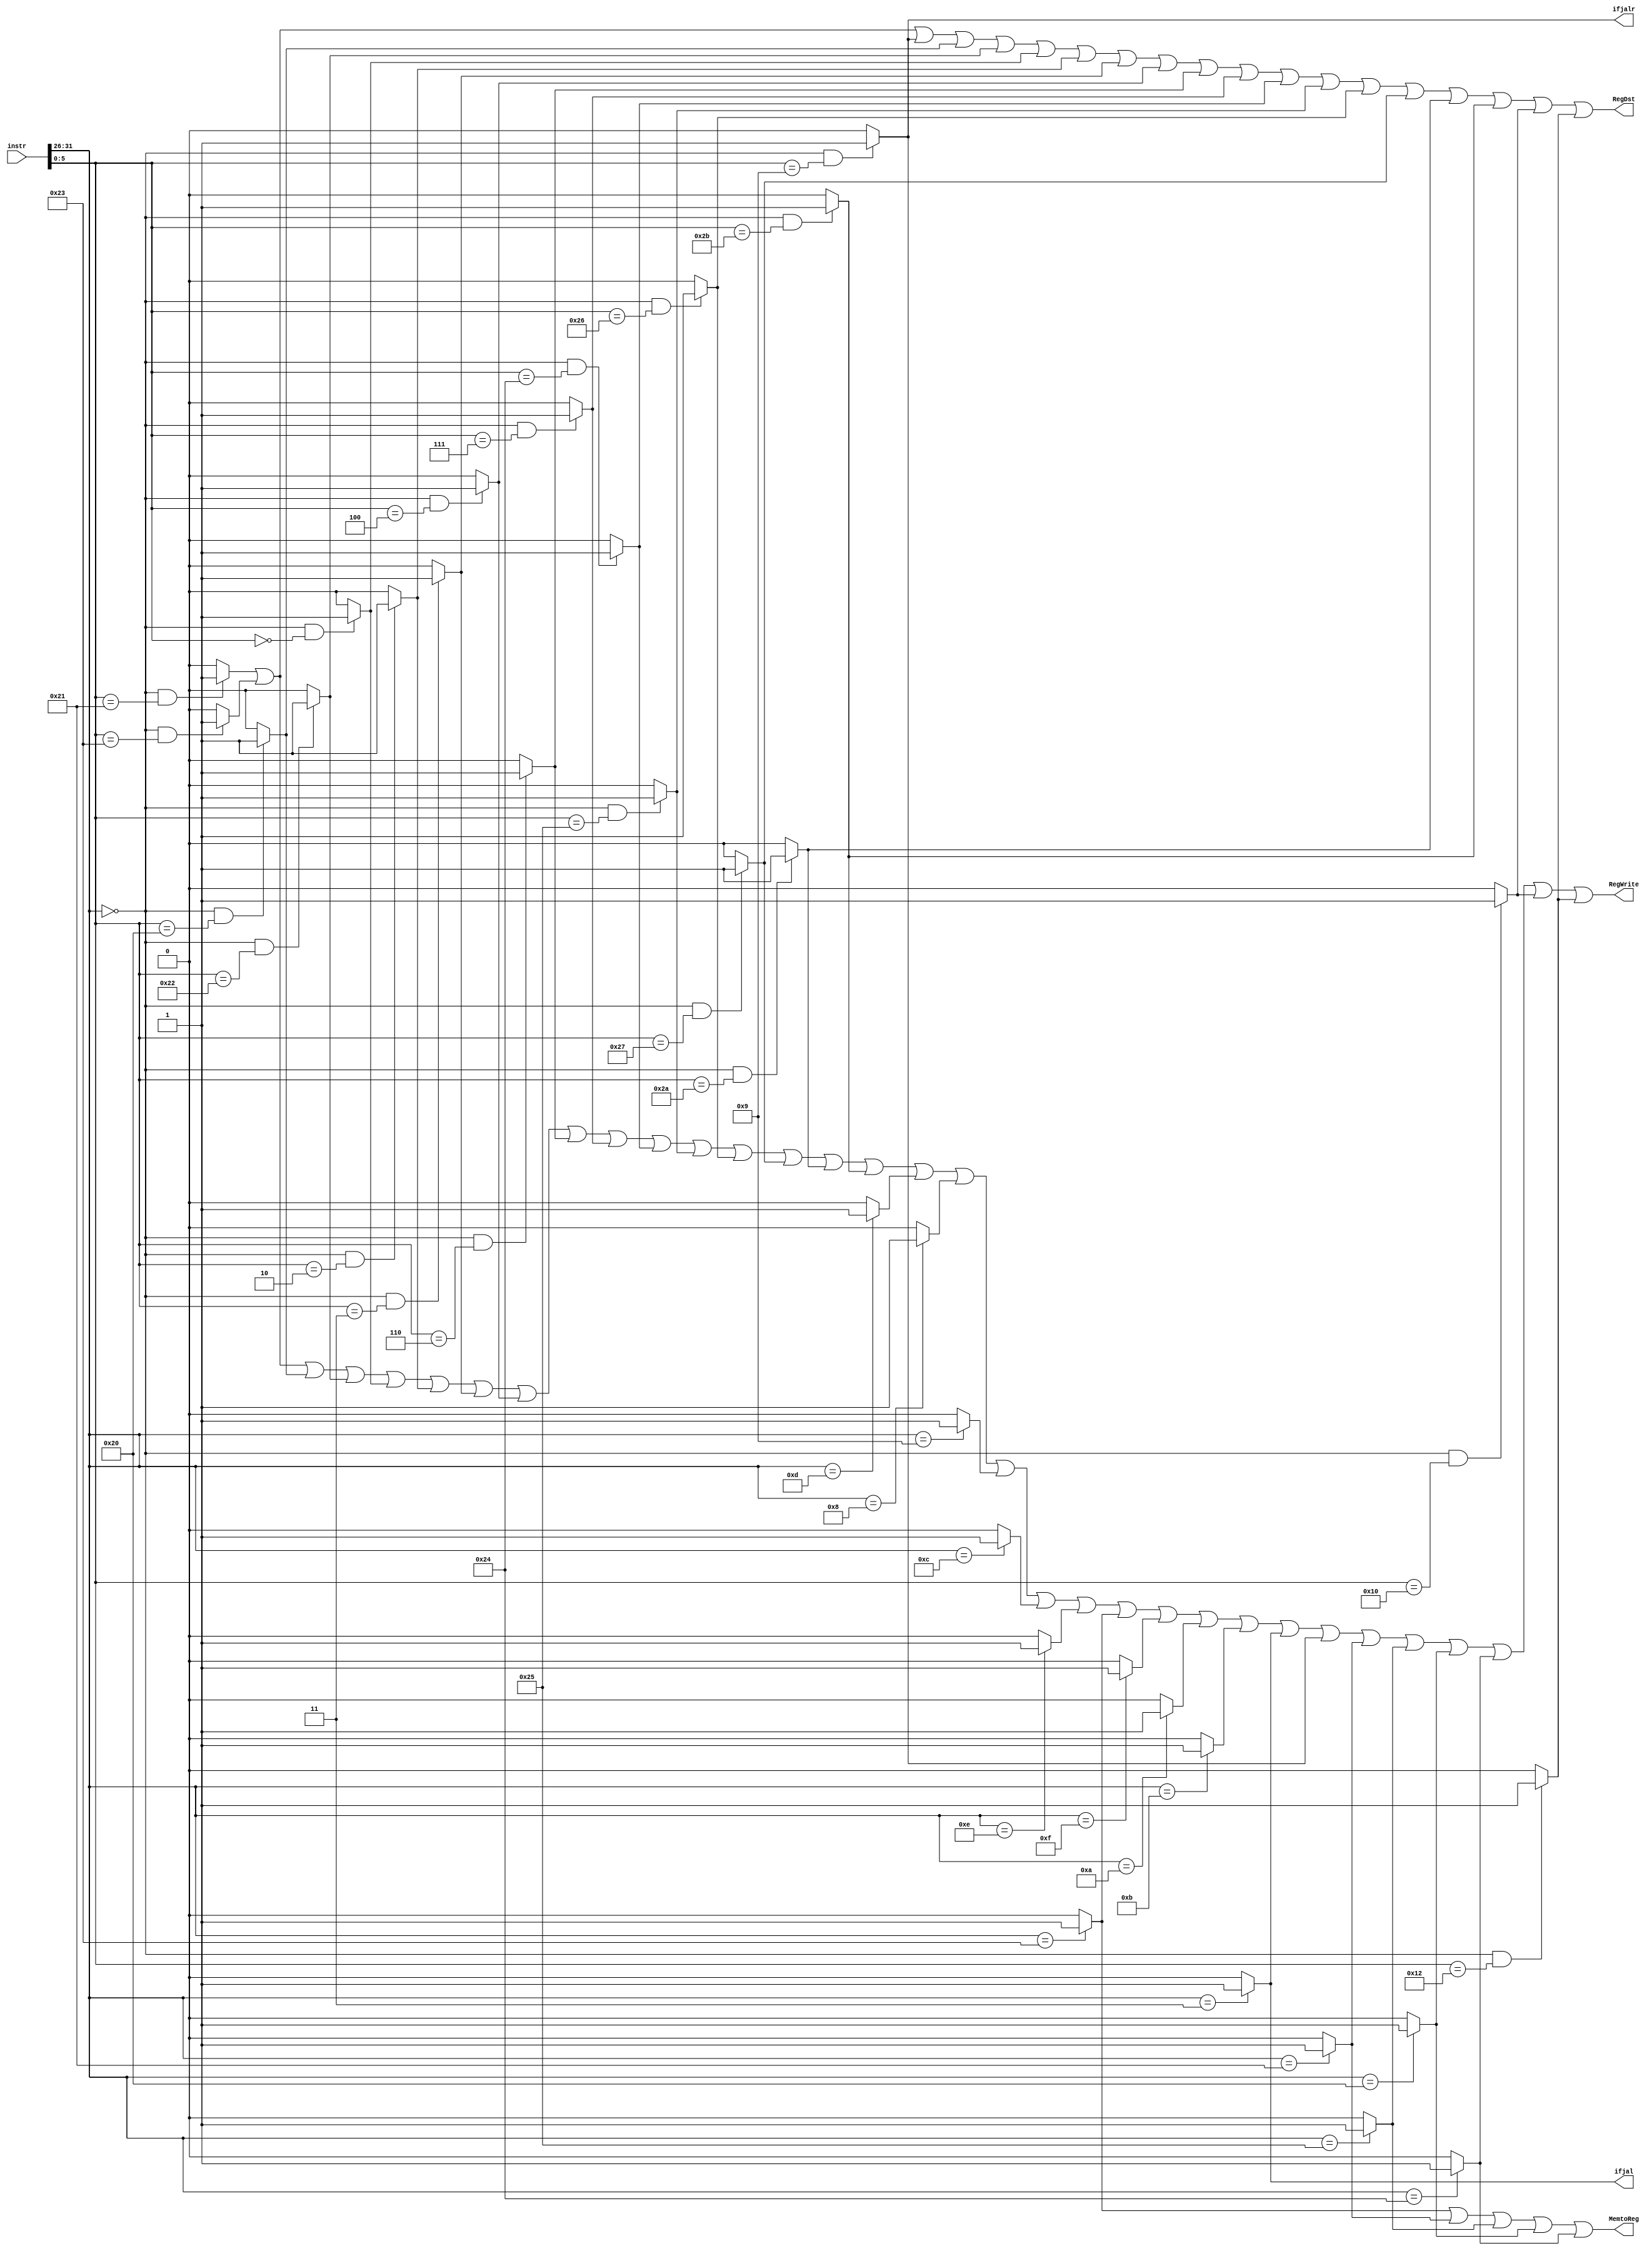
`timescale 1ns / 1ps
//////////////////////////////////////////////////////////////////////////////////
// Company: 
// Engineer: 
// 
// Design Name: 
// Module Name:    Con_W 
// Project Name: 
// Target Devices: 
// Tool versions: 
// Description: 
//
// Dependencies: 
//
// Revision: 
// Revision 0.01 - File Created
// Additional Comments: 
//
//////////////////////////////////////////////////////////////////////////////////
`define op 31:26
`define func 5:0
module Con_W(
	 input [31:0] instr,
	 output RegDst,
	 output ifjal,
	 output ifjalr,
	 output MemtoReg,
	 output RegWrite
    );
	 

	 wire addu,subu,ori,lw,sw,beq,lui,j,jal,jr,jalr,sh,sb,lh,lhu,lb,lbu;
	 wire add,sub,sll,srl,sra,sllv,srlv,srav,AND,OR,XOR,NOR,addi,addiu,andi,
	      xori,slt,slti,sltiu,sltu;
	 wire mfhi,mflo;
	
	 assign addu=((instr[`op]==6'b0)&&(instr[`func]==6'b100001))?1'b1:1'b0;
	 assign subu=((instr[`op]==6'b0)&&(instr[`func]==6'b100011))?1'b1:1'b0;
	 assign add=((instr[`op]==6'b0)&&(instr[`func]==6'b100000))?1'b1:1'b0;
	 assign sub=((instr[`op]==6'b0)&&(instr[`func]==6'b100010))?1'b1:1'b0;
	 assign sll=((instr[`op]==6'b0)&&(instr[`func]==6'b000000))?1'b1:1'b0;
	 assign srl=((instr[`op]==6'b0)&&(instr[`func]==6'b000010))?1'b1:1'b0;
	 assign sra=((instr[`op]==6'b0)&&(instr[`func]==6'b000011))?1'b1:1'b0;
	 assign sllv=((instr[`op]==6'b0)&&(instr[`func]==6'b000100))?1'b1:1'b0;
	 assign srlv=((instr[`op]==6'b0)&&(instr[`func]==6'b000110))?1'b1:1'b0;
	 assign srav=((instr[`op]==6'b0)&&(instr[`func]==6'b000111))?1'b1:1'b0;
	 assign AND=((instr[`op]==6'b0)&&(instr[`func]==6'b100100))?1'b1:1'b0;
	 assign OR=((instr[`op]==6'b0)&&(instr[`func]==6'b100101))?1'b1:1'b0;
	 assign XOR=((instr[`op]==6'b0)&&(instr[`func]==6'b100110))?1'b1:1'b0;
	 assign NOR=((instr[`op]==6'b0)&&(instr[`func]==6'b100111))?1'b1:1'b0;	 
	 assign slt=((instr[`op]==6'b0)&&(instr[`func]==6'b101010))?1'b1:1'b0;
	 assign sltu=((instr[`op]==6'b0)&&(instr[`func]==6'b101011))?1'b1:1'b0;	
	 
	 assign ori=(instr[`op]==6'b001101)?1'b1:1'b0;
	 assign lui=(instr[`op]==6'b001111)?1'b1:1'b0;
	 assign addi=(instr[`op]==6'b001000)?1'b1:1'b0;
	 assign addiu=(instr[`op]==6'b001001)?1'b1:1'b0;
	 assign andi=(instr[`op]==6'b001100)?1'b1:1'b0;
	 assign xori=(instr[`op]==6'b001110)?1'b1:1'b0;
	 assign slti=(instr[`op]==6'b001010)?1'b1:1'b0;
	 assign sltiu=(instr[`op]==6'b001011)?1'b1:1'b0;	 

	 assign jal=(instr[`op]==6'b000011)?1'b1:1'b0;
	 assign jalr=((instr[`op]==6'b0)&&(instr[`func]==6'b001001))?1'b1:1'b0;

	 assign lw=(instr[`op]==6'b100011)?1'b1:1'b0;
	 assign lh=(instr[`op]==6'b100001)?1'b1:1'b0;
	 assign lhu=(instr[`op]==6'b100101)?1'b1:1'b0;
	 assign lb=(instr[`op]==6'b100000)?1'b1:1'b0;
	 assign lbu=(instr[`op]==6'b100100)?1'b1:1'b0;
	  
	 assign mfhi=((instr[`op]==6'b0)&&(instr[`func]==6'b010000))?1'b1:1'b0;
	 assign mflo=((instr[`op]==6'b0)&&(instr[`func]==6'b010010))?1'b1:1'b0;


	 assign RegDst=addu|subu|jalr|add|sub|sll|srl|sra|sllv|srlv|srav
	                             |AND|OR|XOR|NOR|slt|sltu|mfhi|mflo;
	 assign ifjal=jal;
	 assign ifjalr=jalr;
	 assign MemtoReg=lw|lh|lhu|lb|lbu;
	 assign RegWrite=addu|subu|add|sub|sll|srl|sra|sllv|srlv|srav|AND|OR|XOR|NOR|slt|sltu|
	                 ori|addi|addiu|andi|xori|lw|lui|slti|sltiu|
						  jal|jalr|lh|lhu|lb|lbu|mfhi|mflo;
	                

	 

endmodule